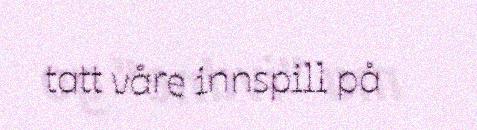
tatt våre innspill på